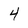
Character: 4